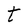
Character: t